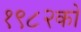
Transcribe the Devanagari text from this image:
१९८२को